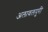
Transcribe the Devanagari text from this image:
अलावलपुरी